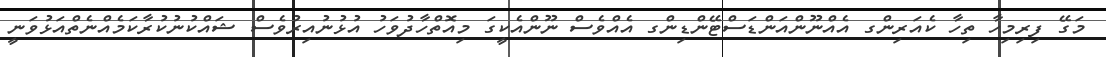
މަގޭ ފިރިމިހާ ތިހާ ކެއަރިންގ އެއްނޫންއަންޑަސްޓޭންޑިންގ އެއްވެސް ނޫންއެކީގަ މިއޮތްހާދުވަހު އުޅުނުއިރުވެސް ޝައްކުނުކުރާކަމެއްނެތްއަޅުވަނީ